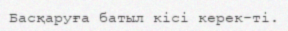
Басқаруға батыл кісі керек-ті.